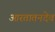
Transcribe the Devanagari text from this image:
आरतातनदेव